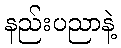
နည်းပညာနဲ့